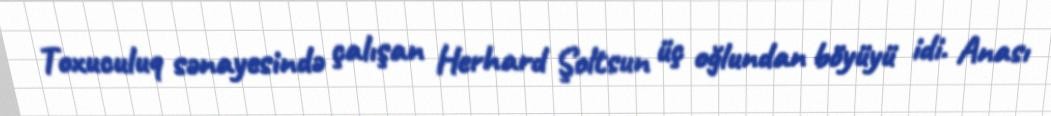
Toxuculuq sənayesində çalışan Herhard Şoltsun üç oğlundan böyüyü idi. Anası